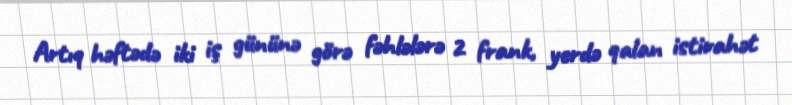
Artıq həftədə iki iş gününə görə fəhlələrə 2 frank, yerdə qalan istirahət